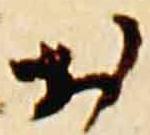
於